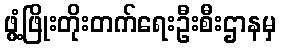
ဖွံ့ဖြိုးတိုးတက်ရေးဦးစီးဌာနမှ